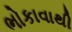
ભોકાવાથી